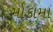
મોકામા